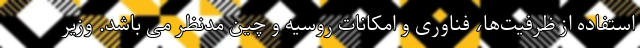
استفاده از ظرفیت‌ها، فناوری و امکانات روسیه و چین مدنظر می باشد. وزیر